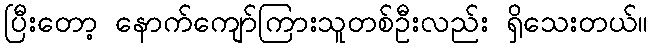
ပြီးတော့ နောက်ကျော်ကြားသူတစ်ဦးလည်း ရှိသေးတယ်။